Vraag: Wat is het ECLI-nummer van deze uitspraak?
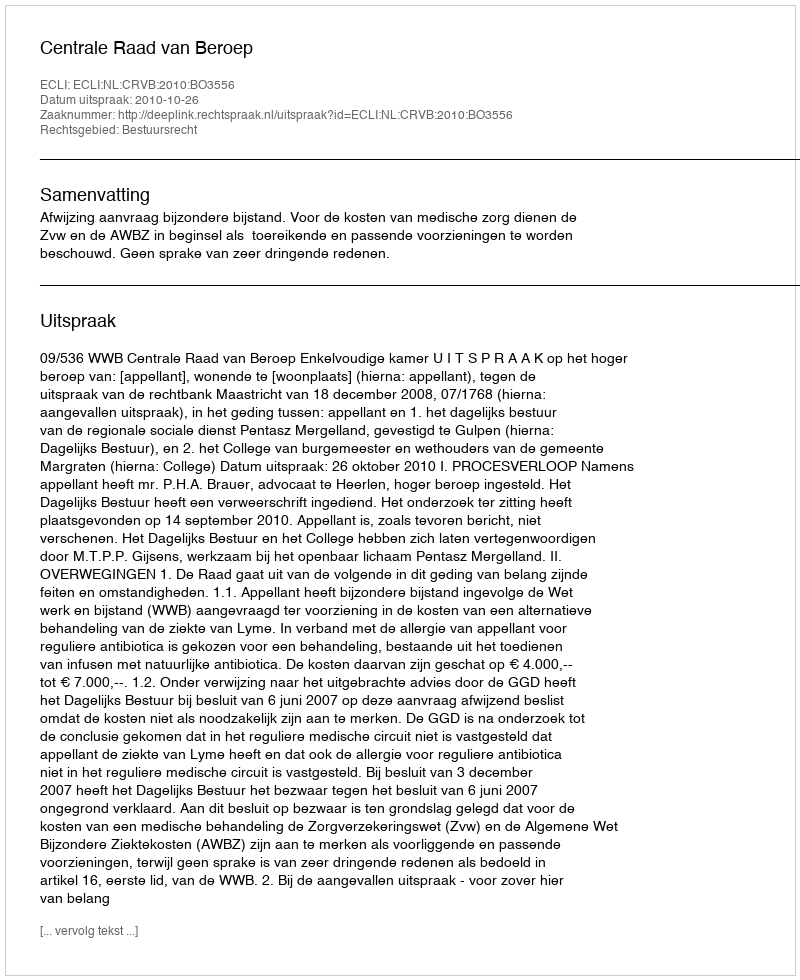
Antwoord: ECLI:NL:CRVB:2010:BO3556